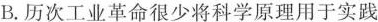
B.历次工业革命很少将科学原理用于实践